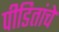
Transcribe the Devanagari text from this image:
पीडितांचे